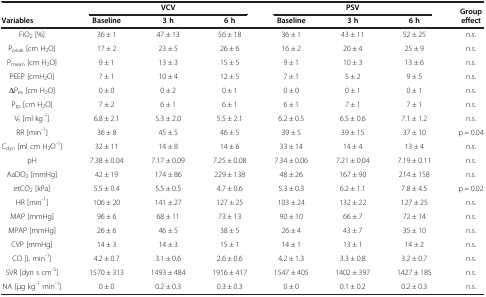
<table><thead><tr><td rowspan="2"><b>Variables</b></td><td colspan="3"><b>VCV</b></td><td colspan="3"><b>PSV</b></td><td rowspan="2"><b>Group effect</b></td></tr><tr><td><b>Baseline</b></td><td><b>3 h</b></td><td><b>6 h</b></td><td><b>Baseline</b></td><td><b>3 h</b></td><td><b>6 h</b></td></tr></thead><tbody><tr><td>FiO<sub>2</sub> [%]</td><td>36 ± 1</td><td>47 ± 13</td><td>56 ± 18</td><td>36 ± 1</td><td>43 ± 11</td><td>52 ± 25</td><td>n.s.</td></tr><tr><td>P<sub>peak</sub> [cm H<sub>2</sub>O]</td><td>17 ± 2</td><td>23 ± 5</td><td>26 ± 6</td><td>16 ± 2</td><td>20 ± 4</td><td>25 ± 9</td><td>n.s.</td></tr><tr><td>P<sub>mean</sub> [cm H<sub>2</sub>O]</td><td>9 ± 1</td><td>13 ± 3</td><td>15 ± 5</td><td>9 ± 1</td><td>10 ± 3</td><td>13 ± 6</td><td>n.s.</td></tr><tr><td>PEEP [cmH<sub>2</sub>O]</td><td>7 ± 1</td><td>10 ± 4</td><td>12 ± 5</td><td>7 ± 1</td><td>5 ± 2</td><td>9 ± 5</td><td>n.s.</td></tr><tr><td>ΔP<sub>es</sub> [cm H<sub>2</sub>O]</td><td>0 ± 0</td><td>0 ± 2</td><td>0 ± 1</td><td>0 ± 0</td><td>0 ± 1</td><td>0 ± 1</td><td>n.s.</td></tr><tr><td>P<sub>tp</sub> [cm H<sub>2</sub>O]</td><td>7 ± 2</td><td>6 ± 1</td><td>6 ± 1</td><td>6 ± 1</td><td>7 ± 1</td><td>7 ± 1</td><td>n.s.</td></tr><tr><td>V<sub>t</sub> [ml kg<sup>-1</sup>]</td><td>6.8 ± 2.1</td><td>5.3 ± 2.0</td><td>5.5 ± 2.1</td><td>6.2 ± 0.5</td><td>6.5 ± 0.6</td><td>7.1 ± 1.2</td><td>n.s.</td></tr><tr><td>RR [min<sup>-1</sup>]</td><td>36 ± 8</td><td>45 ± 5</td><td>46 ± 5</td><td>39 ± 5</td><td>39 ± 15</td><td>37 ± 10</td><td>p = 0.04</td></tr><tr><td>C<sub>dyn</sub> [ml cm H<sub>2</sub>O<sup>-1</sup>]</td><td>32 ± 11</td><td>14 ± 8</td><td>14 ± 6</td><td>33 ± 14</td><td>14 ± 4</td><td>13 ± 4</td><td>n.s.</td></tr><tr><td>pH</td><td>7.38 ± 0.04</td><td>7.17 ± 0.09</td><td>7.25 ± 0.08</td><td>7.34 ± 0.06</td><td>7.21 ± 0.04</td><td>7.19 ± 0.11</td><td>n.s.</td></tr><tr><td>AaDO<sub>2</sub> [mmHg]</td><td>42 ± 19</td><td>174 ± 86</td><td>229 ± 138</td><td>48 ± 26</td><td>167 ± 90</td><td>214 ± 158</td><td>n.s.</td></tr><tr><td>etCO<sub>2</sub> [kPa]</td><td>5.5 ± 0.4</td><td>5.5 ± 0.5</td><td>4.7 ± 0.6</td><td>5.3 ± 0.3</td><td>6.2 ± 1.1</td><td>7.8 ± 4.5</td><td>p = 0.02</td></tr><tr><td>HR [min<sup>-1</sup>]</td><td>106 ± 20</td><td>141 ± 27</td><td>127 ± 25</td><td>103 ± 24</td><td>132 ± 22</td><td>127 ± 25</td><td>n.s.</td></tr><tr><td>MAP [mmHg]</td><td>96 ± 6</td><td>68 ± 11</td><td>73 ± 13</td><td>90 ± 10</td><td>66 ± 7</td><td>72 ± 14</td><td>n.s.</td></tr><tr><td>MPAP [mmHg]</td><td>26 ± 6</td><td>46 ± 5</td><td>38 ± 5</td><td>26 ± 4</td><td>43 ± 7</td><td>35 ± 10</td><td>n.s.</td></tr><tr><td>CVP [mmHg]</td><td>14 ± 3</td><td>14 ± 3</td><td>15 ± 1</td><td>14 ± 1</td><td>13 ± 1</td><td>14 ± 2</td><td>n.s.</td></tr><tr><td>CO [L min<sup>-1</sup>]</td><td>4.2 ± 0.7</td><td>3.1 ± 0.6</td><td>2.6 ± 0.6</td><td>4.2 ± 1.3</td><td>3.3 ± 0.8</td><td>3.2 ± 0.7</td><td>n.s.</td></tr><tr><td>SVR [dyn s cm<sup>-5</sup>]</td><td>1570 ± 313</td><td>1493 ± 484</td><td>1916 ± 417</td><td>1547 ± 405</td><td>1402 ± 397</td><td>1427 ± 185</td><td>n.s.</td></tr><tr><td>NA [μg kg<sup>-1</sup> min<sup>-1</sup>]</td><td>0 ± 0</td><td>0.2 ± 0.3</td><td>0.3 ± 0.3</td><td>0 ± 0</td><td>0.1 ± 0.2</td><td>0.2 ± 0.3</td><td>n.s.</td></tr></tbody></table>